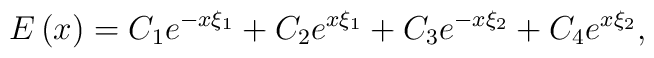
E\left( x\right) =C_1e^{-x\xi _1}+C_2e^{x\xi _1}+C_3e^{-x\xi _2}+C_4e^{x\xi_2},